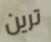
ترين